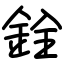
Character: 銓